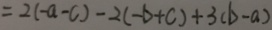
= 2 ( - a - c ) - 2 ( - b + c ) + 3 ( b - a )